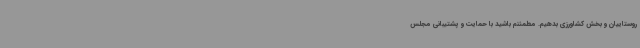
روستاییان و بخش کشاورزی بدهیم. مطمئنم باشید با حمایت و پشتیبانی مجلس